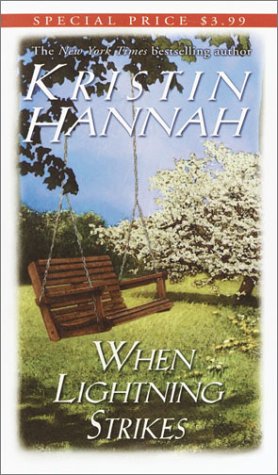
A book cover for When Lightning Strikes; Kristin Hannah; Romance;